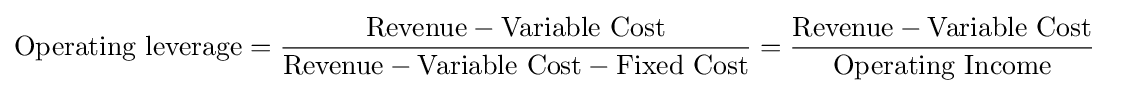
{\begin{aligned}{\text{Operating leverage}}&={\frac {{\text{Revenue}}-{\text{Variable Cost}}}{{\text{Revenue}}-{\text{Variable Cost}}-{\text{Fixed Cost}}}}={\frac {{\text{Revenue}}-{\text{Variable Cost}}}{\text{Operating Income}}}\end{aligned}}